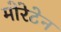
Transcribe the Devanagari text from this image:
मोरेटेन